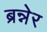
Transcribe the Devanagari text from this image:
ब्रन्नेर